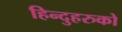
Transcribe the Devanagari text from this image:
हिन्दुहरुको